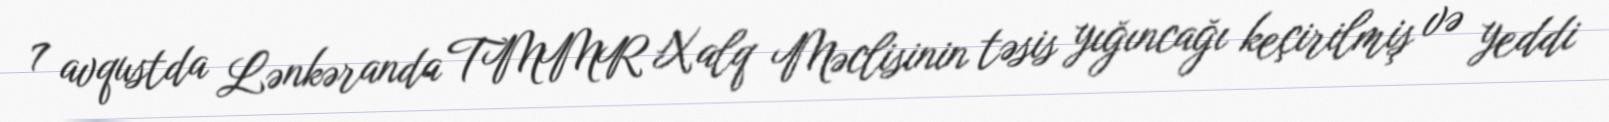
7 avqustda Lənkəranda TMMR Xalq Məclisinin təsis yığıncağı keçirilmiş və yeddi